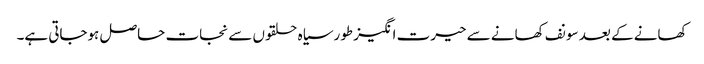
کھانے کے بعد سونف کھانے سے حیرت انگیز طورسیاہ حلقوں سے نجات حاصل ہوجاتی ہے۔